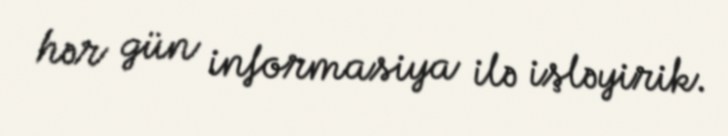
hər gün informasiya ilə işləyirik.